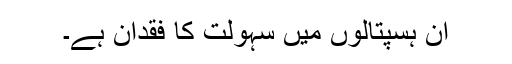
ان ہسپتالوں میں سہولت کا فقدان ہے۔